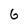
Character: 6